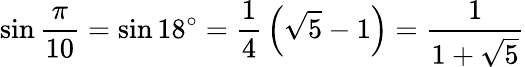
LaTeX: \sin{\frac{\pi}{10}}=\sin 18^{\circ}={\frac{1}{4}}\left({\sqrt{5}}-1\right)={\frac{1}{1+{\sqrt{5}}}}